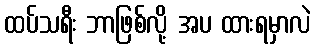
ထပ်သရီး ဘာဖြစ်လို့ အပ ထားရမှာလဲ